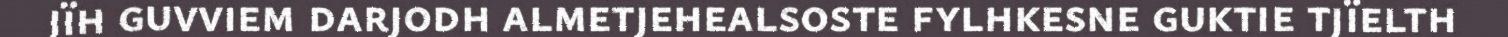
jïh guvviem darjodh almetjehealsoste fylhkesne guktie tjïelth